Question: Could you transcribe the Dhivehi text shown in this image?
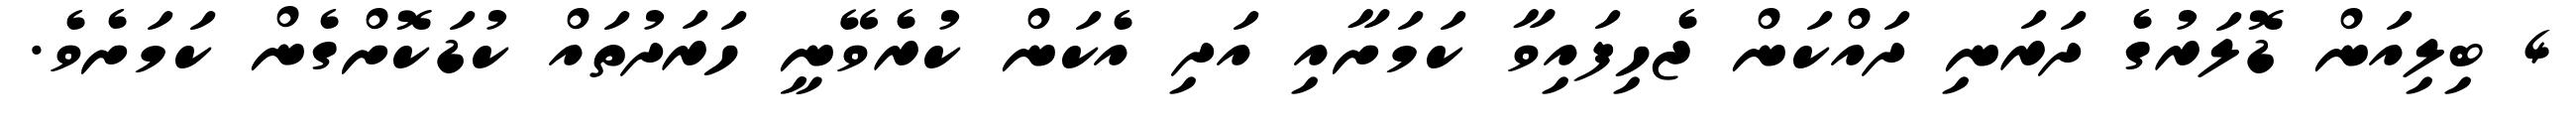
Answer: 4 ބިލިއަން ޑޮލަރުގެ ދަރަނި ދައްކަން ޖެހިފައިވާ ކަމަށާއި އަދި އެކަން ކުރެވޭނީ ހަރަދުތައް ކުޑަކޮށްގެން ކަމަށެވެ.